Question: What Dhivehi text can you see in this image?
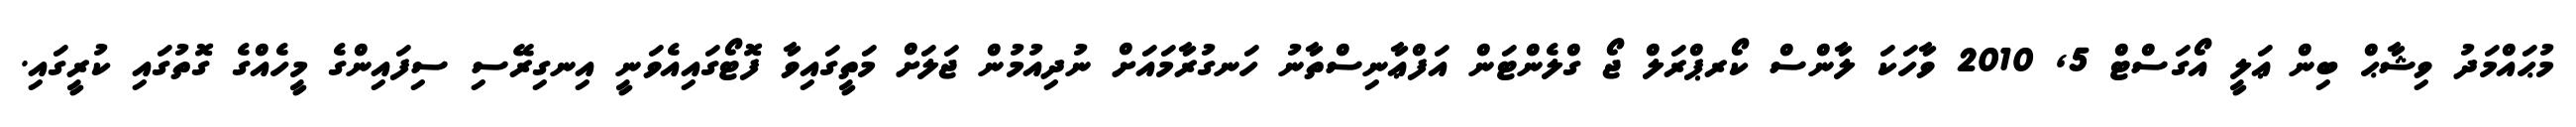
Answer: މުޙައްމަދު ވިޝާޙް ބިން ޢަލީ އޯގަސްޓް 5, 2010 ވާހަކަ ލާންސް ކޯރޕްރަލް ޖޯ ގްލެންޓަން އަފްޢާނިސްތާނު ހަނގުރާމައަށް ނުދިއުމުން ޖަލަށް މަތީގައިވާ ފޮޓޯގައިއެވަނީ އިނގިރޭސި ސިފައިންގެ މީހެއްގެ ގޮތުގައި ކުރީގައި.